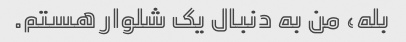
بله، من به دنبال یک شلوار هستم.